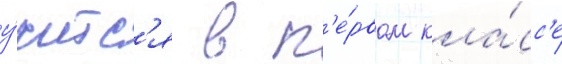
у́читс'я в п'е́рвом кла́сс'е